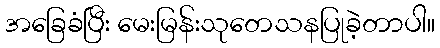
အခြေခံပြီး မေးမြန်းသုတေသနပြုခဲ့တာပါ။